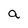
Character: a